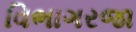
વિભાગરજા